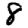
Digit: 8